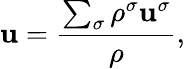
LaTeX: \mathbf{u}=\frac{\sum_{\sigma}\rho^{\sigma}\mathbf{u}^{\sigma}}{\rho},